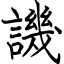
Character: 譏